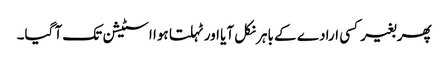
پھر بغیر کسی ارادے کے باہر نکل آیا اور ٹہلتا ہوا اسٹیشن تک آ گیا۔